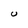
Character: U